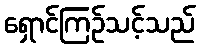
ရှောင်ကြဉ်သင့်သည်